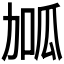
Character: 𭄱